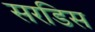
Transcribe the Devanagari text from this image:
सरडिस